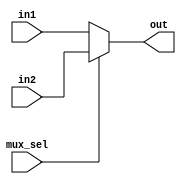
module mux(
    input wire [31:0] in1,
    input wire [31:0] in2,
    input wire mux_sel,
    output wire [31:0]out );

assign out=(mux_sel=='b1)?in2:in1;

endmodule